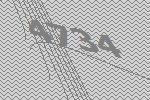
4734